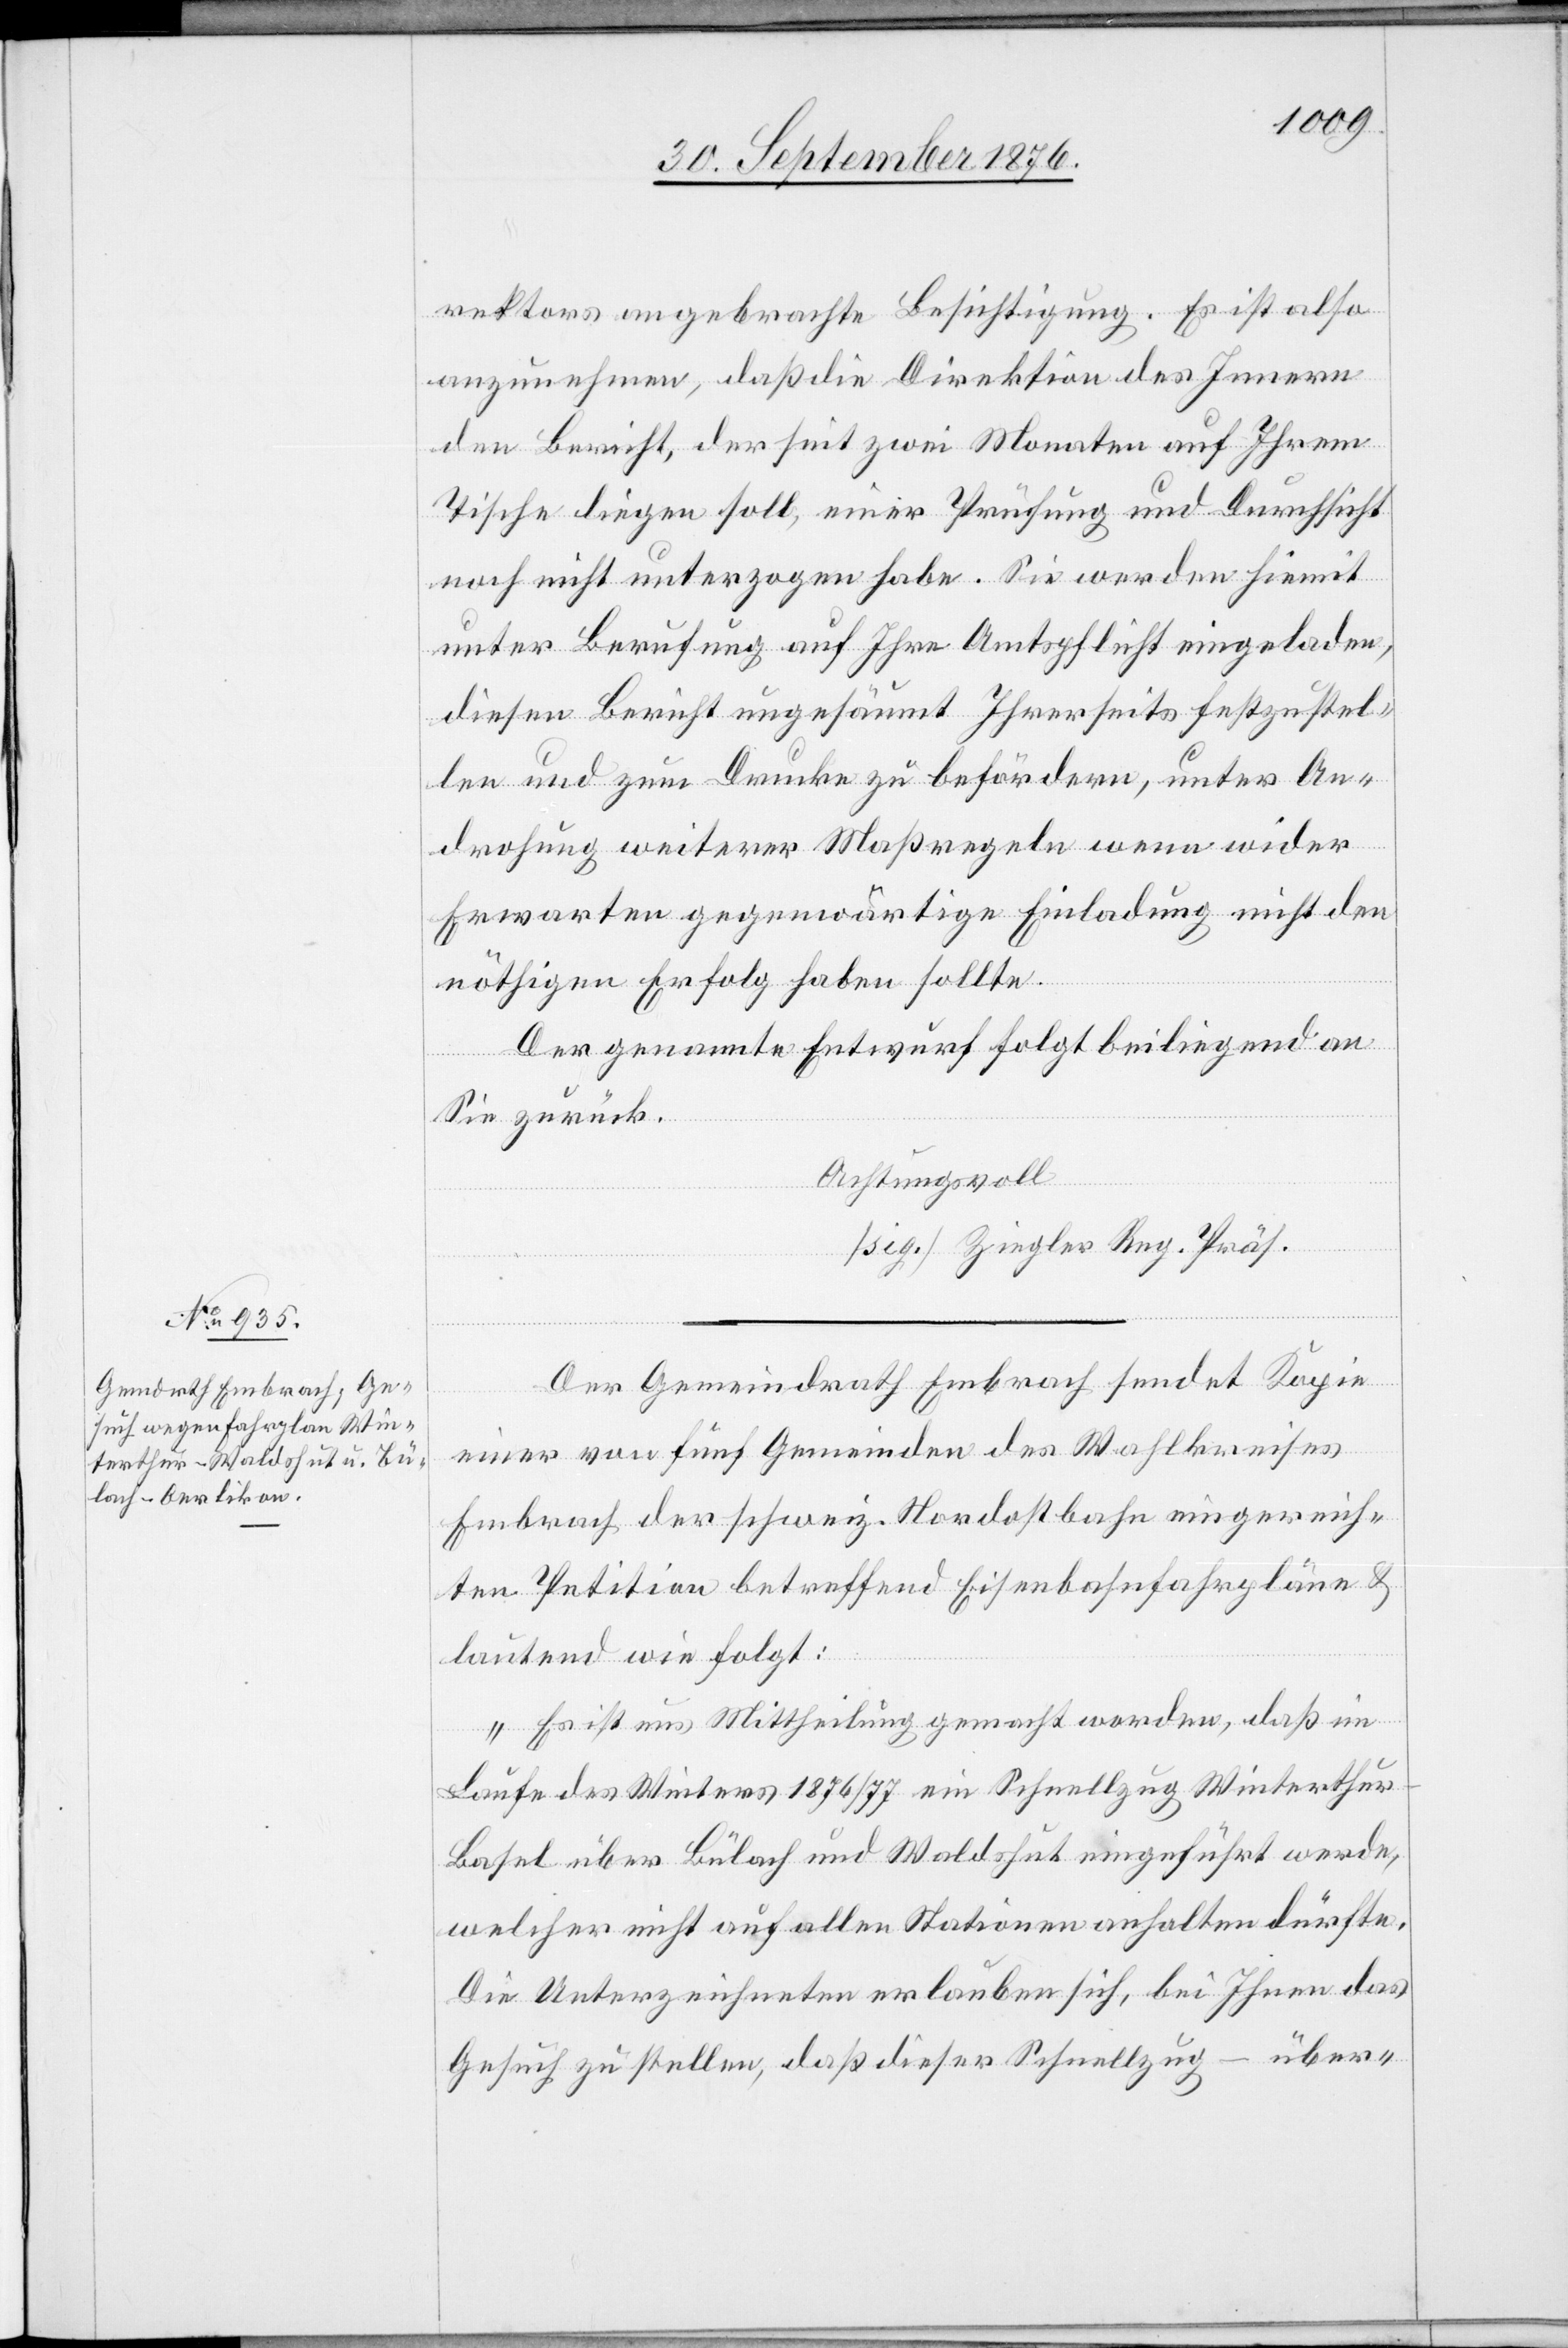
rektors angebrachte[n] Besichtigung. Es ist also
anzunehmen, daß die Direktion des Innern
den Bericht, der seit zwei Monaten auf Ihrem
Tische liegen soll, einer Prüfung und Durchsicht
noch nicht unterzogen habe. Sie werden hiemit
unter Berufung auf Ihre Amtspflicht eingeladen,
diesen Bericht ungesäumt Ihrerseits festzustel¬
len und zum Drucke zu befördern, unter An¬
drohung weiterer Maßregeln wenn wider
Erwarten gegenwärtige Einladung nicht den
nöthigen Erfolg haben sollte.
Der genannte Entwurf folgt beiliegend an
Sie zurück.
Achtungsvoll
[sig.] Ziegler Reg. Präs.
Der Gemeindrath Embrach sendet Kopie
3.
einer von fünf Gemeinden des Wahlkreises
Embrach der schweiz. Nordostbahn eingereich¬
ten Petition betreffend Eisenbahnfahrpläne &
lautend wie folgt:
„Es ist uns Mittheilung gemacht worden, daß im
Laufe des Winters 1876/77 ein Schnellzug Winterthu¬
r–Basel über Bülach und Waldshut eingeführt werde,
welcher nicht auf allen Stationen anhalten dürfte.
Die Unterzeichneten erlauben sich, bei Ihnen das
Gesuch zu stellen, daß dieser Schnellzug – über-